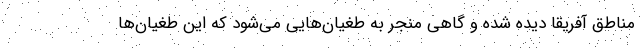
مناطق آفریقا دیده شده و گاهی منجر به طغیان‌هایی می‌شود که این طغیان‌ها